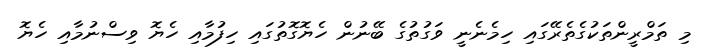
މި ތަމްރީންތަކުގެތެރޭގައި ހިމެނެނީ ވަގުތުގެ ބޭނުން ހެޔޮގޮތުގައި ހިފުމާއި ހެޔޮ ވިސްނުމާއި ހެޔޮ